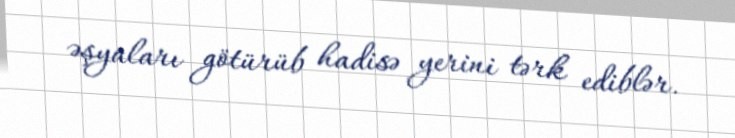
əşyaları götürüb hadisə yerini tərk ediblər.